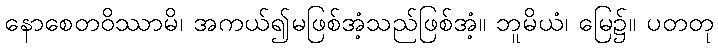
နောစေတဝိဿာမိ၊ အကယ်၍မဖြစ်အံ့သည်ဖြစ်အံ့။ ဘူမိယံ၊ မြေ၌။ ပတတု